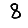
Digit: 8